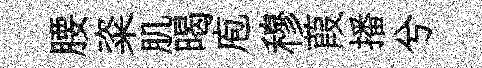
腰粢肌暍庖穆葭播兮